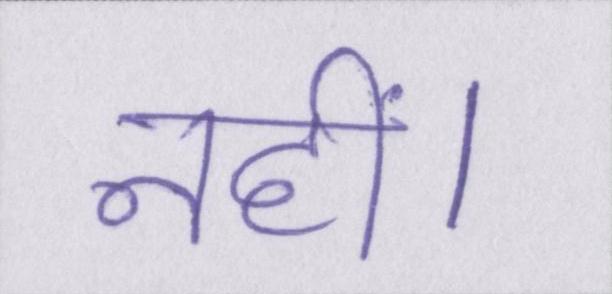
नहीं।